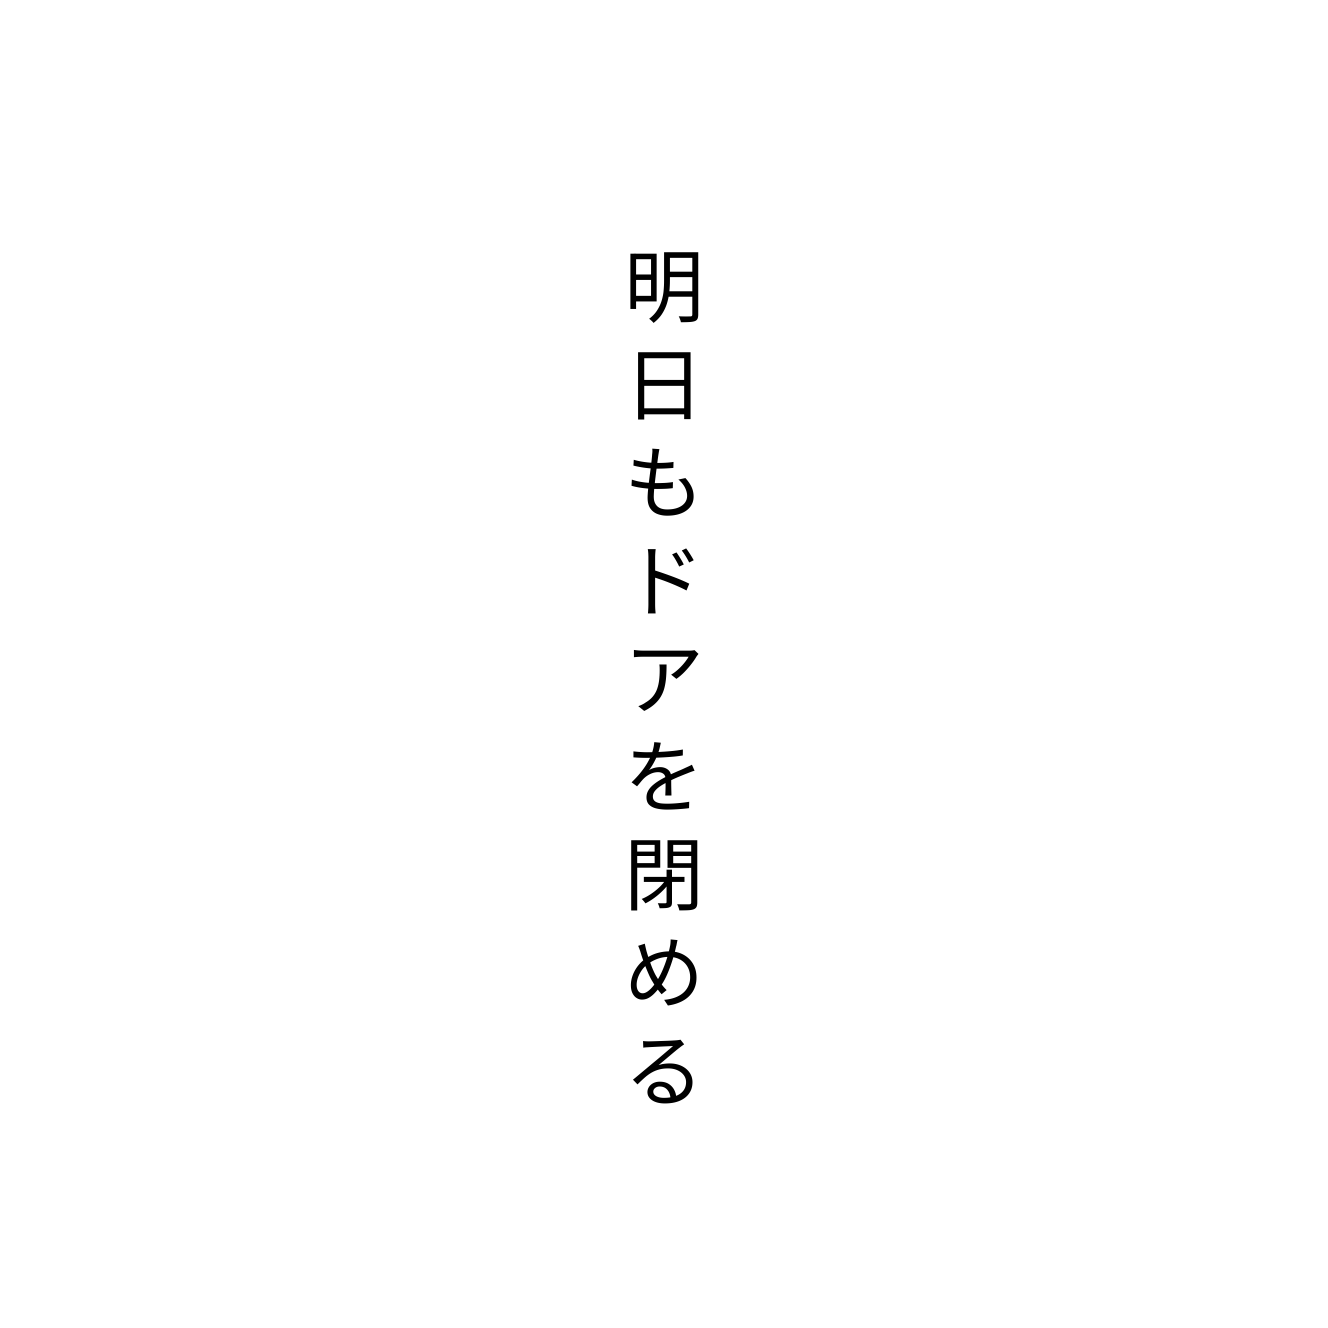
明日もドアを閉める